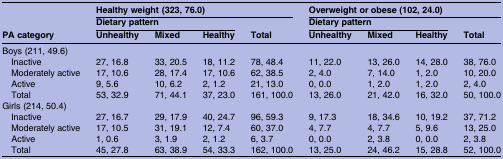
<table><thead><tr><td></td><td colspan="4"><b>Healthy weight (323, 76.0)</b></td><td colspan="4"><b>Overweight or obese (102, 24.0)</b></td></tr><tr><td></td><td colspan="3"><b>Dietary pattern</b></td><td></td><td colspan="3"><b>Dietary pattern</b></td><td></td></tr><tr><td><b>PA category</b></td><td><b>Unhealthy</b></td><td><b>Mixed</b></td><td><b>Healthy</b></td><td><b>Total</b></td><td><b>Unhealthy</b></td><td><b>Mixed</b></td><td><b>Healthy</b></td><td><b>Total</b></td></tr></thead><tbody><tr><td colspan="9">Boys (211, 49.6)</td></tr><tr><td> Inactive</td><td>27, 16.8</td><td>33, 20.5</td><td>18, 11.2</td><td>78, 48.4</td><td>11, 22.0</td><td>13, 26.0</td><td>14, 28.0</td><td>38, 76.0</td></tr><tr><td> Moderately active</td><td>17, 10.6</td><td>28, 17.4</td><td>17, 10.6</td><td>62, 38.5</td><td>2, 4.0</td><td>7, 14.0</td><td>1, 2.0</td><td>10, 20.0</td></tr><tr><td> Active</td><td>9, 5.6</td><td>10, 6.2</td><td>2, 1.2</td><td>21, 13.0</td><td>0, 0.0</td><td>1, 2.0</td><td>1, 2.0</td><td>2, 4.0</td></tr><tr><td> Total</td><td>53, 32.9</td><td>71, 44.1</td><td>37, 23.0</td><td>161, 100.0</td><td>13, 26.0</td><td>21, 42.0</td><td>16, 32.0</td><td>50, 100.0</td></tr><tr><td colspan="9">Girls (214, 50.4)</td></tr><tr><td> Inactive</td><td>27, 16.7</td><td>29, 17.9</td><td>40, 24.7</td><td>96, 59.3</td><td>9, 17.3</td><td>18, 34.6</td><td>10, 19.2</td><td>37, 71.2</td></tr><tr><td> Moderately active</td><td>17, 10.5</td><td>31, 19.1</td><td>12, 7.4</td><td>60, 37.0</td><td>4, 7.7</td><td>4, 7.7</td><td>5, 9.6</td><td>13, 25.0</td></tr><tr><td> Active</td><td>1, 0.6</td><td>3, 1.9</td><td>2, 1.2</td><td>6, 3.7</td><td>0, 0.0</td><td>2, 3.8</td><td>0, 0.0</td><td>2, 3.8</td></tr><tr><td> Total</td><td>45, 27.8</td><td>63, 38.9</td><td>54, 33.3</td><td>162, 100.0</td><td>13, 25.0</td><td>24, 46.2</td><td>15, 28.8</td><td>52, 100.0</td></tr></tbody></table>